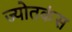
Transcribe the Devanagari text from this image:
ज्योतकंस